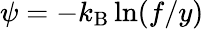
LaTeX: \psi=-k_{\textrm{B}}\ln(f/y)